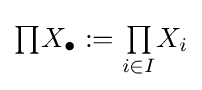
{\textstyle \prod _{}}X_{\bullet }:={\textstyle \prod \limits _{i\in I}}X_{i}